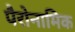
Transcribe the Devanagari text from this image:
पैरोनामिक